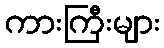
ကားကြီးများ